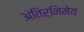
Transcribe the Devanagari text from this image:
अंतिर्निमेय